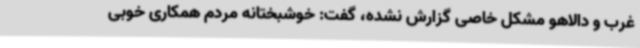
غرب و دالاهو مشکل خاصی گزارش نشده، گفت: خوشبختانه مردم همکاری خوبی